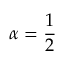
\alpha = { \frac { 1 } { 2 } }